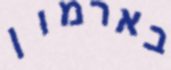
בארמון